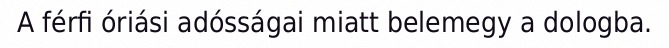
A férfi óriási adósságai miatt belemegy a dologba.